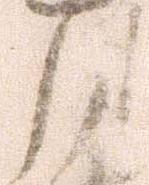
月